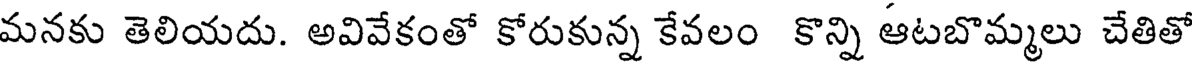
మనకు తెలియదు. అవివేకంతో కోరుకున్న కేవలం కొన్ని ఆటబొమ్మలు చేతితో